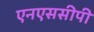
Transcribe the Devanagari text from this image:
एनएससीपी